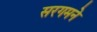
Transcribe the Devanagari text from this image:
सरगमने